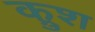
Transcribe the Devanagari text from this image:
क्रुश